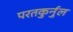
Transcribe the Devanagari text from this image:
परतकुर्नुल